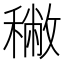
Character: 𥢭